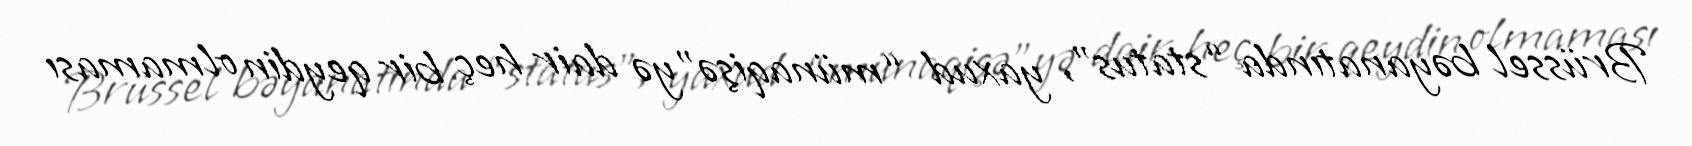
Brüssel bəyanatında “status”, yaxud “münaqişə”yə dair heç bir qeydin olmaması